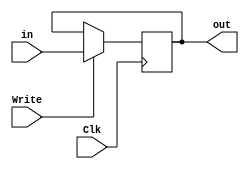
`timescale 1ns / 1ps
//////////////////////////////////////////////////////////////////////////////////
// ECE369 - Computer Architecture
// Name: Andrew Camps
// Module Name: PipeLineRegister
//////////////////////////////////////////////////////////////////////////////////


module PipeLineRegister(Clk, in, out, Write);

    parameter N = 32;

    input Clk, Write;
    input [N-1:0] in;
    output reg [N-1:0] out;

    reg [N-1:0] register;
    
    always @(posedge Clk) begin
        if(Write)
            register <= in;
    end
    
    always @(*) begin
        out <= register; 
    end
    
endmodule